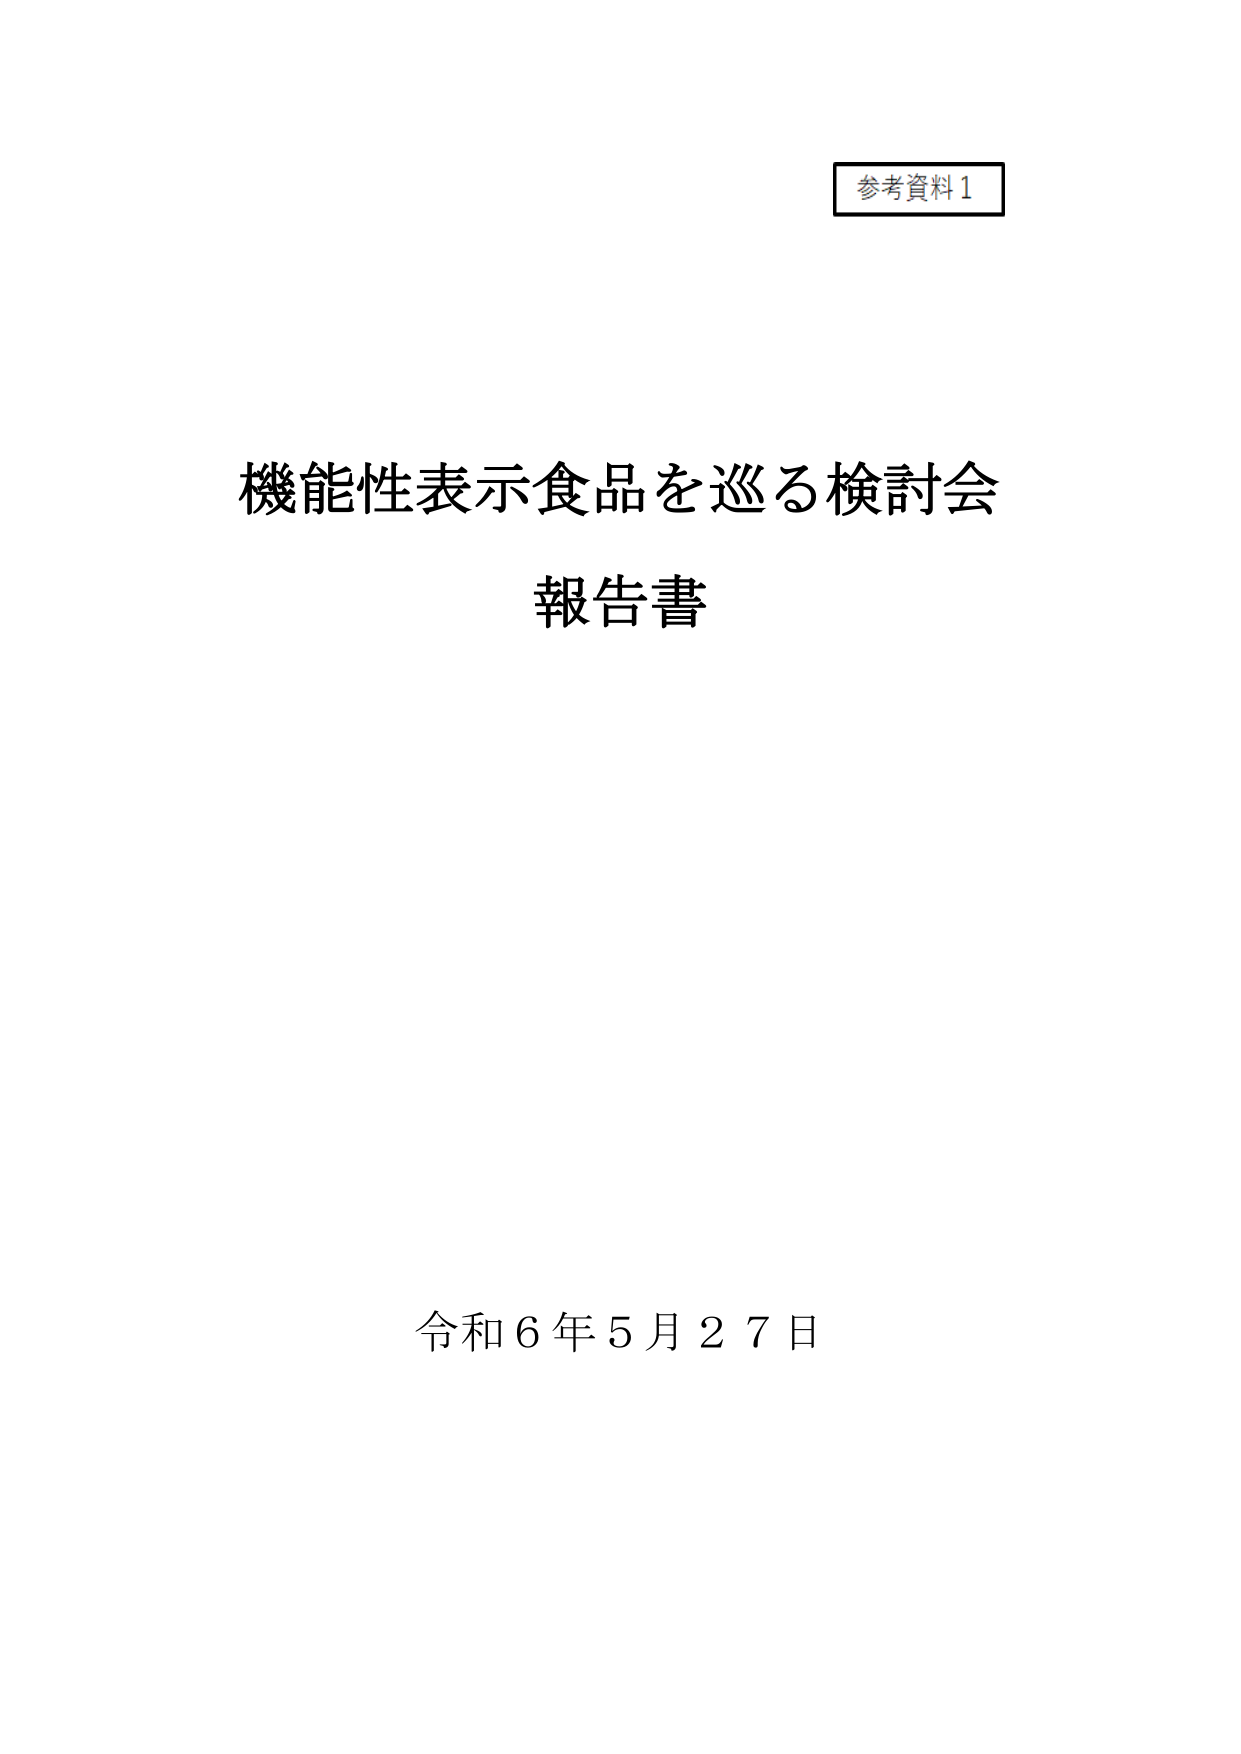
参考資料1

機能性表示食品を巡る検討会
報告書

令和6年5月27日